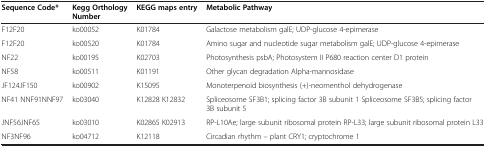
<table><thead><tr><td><b>Sequence Code*</b></td><td><b>Kegg Orthology Number</b></td><td><b>KEGG maps entry</b></td><td><b>Metabolic Pathway</b></td></tr></thead><tbody><tr><td>F12F20</td><td>ko00052</td><td>K01784</td><td>Galactose metabolism galE; UDP-glucose 4-epimerase</td></tr><tr><td>F12F20</td><td>ko00520</td><td>K01784</td><td>Amino sugar and nucleotide sugar metabolism galE; UDP-glucose 4-epimerase</td></tr><tr><td>NF22</td><td>ko00195</td><td>K02703</td><td>Photosynthesis psbA; Photosystem II P680 reaction center D1 protein</td></tr><tr><td>NF58</td><td>ko00511</td><td>K01191</td><td>Other glycan degradation Alpha-mannosidase</td></tr><tr><td>JF124JF150</td><td>ko00902</td><td>K15095</td><td>Monoterpenoid biosynthesis (+)-neomenthol dehydrogenase</td></tr><tr><td>NF41 NNF91NNF97</td><td>ko03040</td><td>K12828 K12832</td><td>Spliceosome SF3B1; splicing factor 3B subunit 1 Spliceosome SF3B5; splicing factor 3B subunit 5</td></tr><tr><td>JNF56JNF65</td><td>ko03010</td><td>K02865 K02913</td><td>RP-L10Ae; large subunit ribosomal protein RP-L33; large subunit ribosomal protein L33</td></tr><tr><td>NF3NF96</td><td>ko04712</td><td>K12118</td><td>Circadian rhythm – plant CRY1; cryptochrome 1</td></tr></tbody></table>